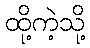
ထို့ကဲ့သို့